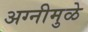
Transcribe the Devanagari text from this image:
अग्नीमुळे